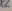
Text: X2